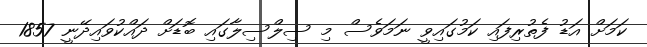
ކަމަށް އަޑު ފެތުރިފައި ކަމުގައިވީ ނަމަވެސް މި ސިލްސިލާގައި ބޮޑަށް ދައްކުވައިދޭނީ 1857